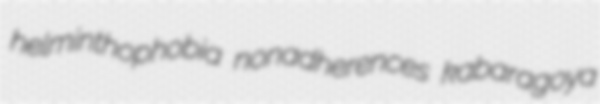
helminthophobia nonadherences kabaragoya